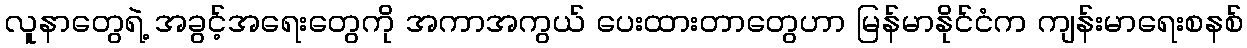
လူနာတွေရဲ့ အခွင့်အရေးတွေကို အကာအကွယ် ပေးထားတာတွေဟာ မြန်မာနိုင်ငံက ကျန်းမာရေးစနစ်